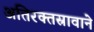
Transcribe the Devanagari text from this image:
अतिरक्तस्रावाने